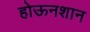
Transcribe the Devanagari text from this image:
होऊनशान